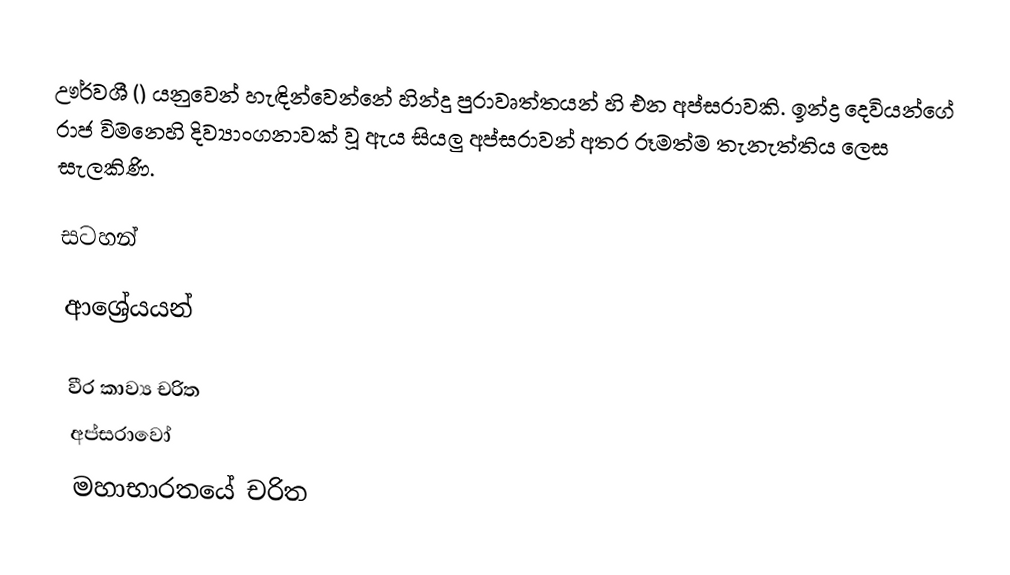
ඌර්වශී () යනුවෙන් හැඳින්වෙන්නේ හින්දු පුරාවෘත්තයන් හි එන අප්සරාවකි. ඉන්ද්‍ර දෙවියන්ගේ රාජ විමනෙහි දිව්‍යාංගනාවක් වූ ඇය සියලු අප්සරාවන් අතර රූමත්ම තැනැත්තිය ලෙස සැලකිණි.

සටහන්

ආශ්‍රේයයන්

වීර කාව්‍ය චරිත
අප්සරාවෝ
මහාභාරතයේ චරිත